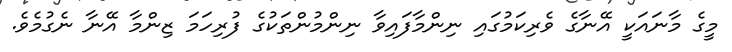
މީގެ މާނައަކީ އޭނާގެ ވެރިކަމުގައި ނިންމާފައިވާ ނިންމުންތަކުގެ ފުރިހަމަ ޒިންމާ އޭނާ ނެގުމެވެ.